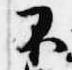
不